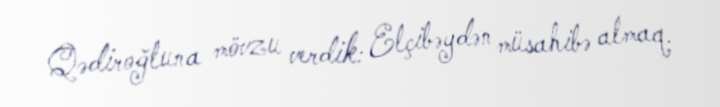
Qədiroğluna mövzu verdik: Elçibəydən müsahibə almaq.